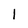
Character: l